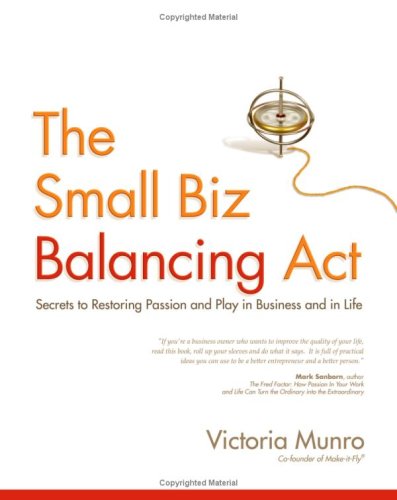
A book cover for The Small Biz Balancing Act: Secrets to Restoring Passion and Play in Business and in Life; Victoria Munro; Business & Money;